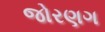
જોરણગ